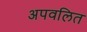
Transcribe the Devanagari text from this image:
अपवलित